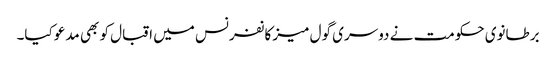
برطانوی حکومت نے دوسری گول میز کانفرنس میں اقبال کو بھی مدعو کیا۔